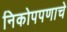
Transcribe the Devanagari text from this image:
निकोपपणाचे